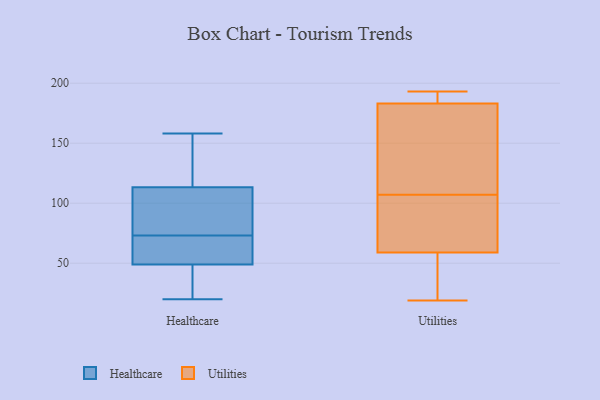
{"axis": {"x": "Active Users", "y": "Value"}, "legend": ["Healthcare", "Utilities"], "data": [{"x": "", "y": 156, "type": "Healthcare"}, {"x": "", "y": 60, "type": "Healthcare"}, {"x": "", "y": 158, "type": "Healthcare"}, {"x": "", "y": 99, "type": "Healthcare"}, {"x": "", "y": 73, "type": "Healthcare"}, {"x": "", "y": 76, "type": "Healthcare"}, {"x": "", "y": 20, "type": "Healthcare"}, {"x": "", "y": 54, "type": "Healthcare"}, {"x": "", "y": 43, "type": "Healthcare"}, {"x": "", "y": 42, "type": "Healthcare"}, {"x": "", "y": 156, "type": "Healthcare"}, {"x": "", "y": 51, "type": "Healthcare"}, {"x": "", "y": 87, "type": "Healthcare"}, {"x": "", "y": 49, "type": "Utilities"}, {"x": "", "y": 68, "type": "Utilities"}, {"x": "", "y": 19, "type": "Utilities"}, {"x": "", "y": 174, "type": "Utilities"}, {"x": "", "y": 59, "type": "Utilities"}, {"x": "", "y": 183, "type": "Utilities"}, {"x": "", "y": 71, "type": "Utilities"}, {"x": "", "y": 189, "type": "Utilities"}, {"x": "", "y": 143, "type": "Utilities"}, {"x": "", "y": 193, "type": "Utilities"}]}